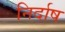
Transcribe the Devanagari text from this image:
निर्दाष